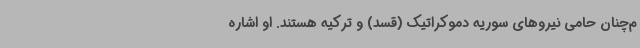
م‌چنان حامی نیروهای سوریه دموکراتیک (قسد) و ترکیه هستند. او اشاره